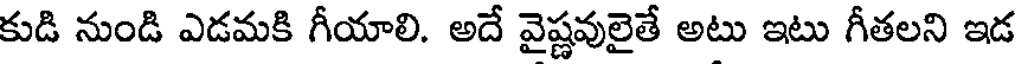
కుడి నుండి ఎడమకి గీయాలి. అదే వైష్ణవులైతే అటు ఇటు గీతలని ఇడ